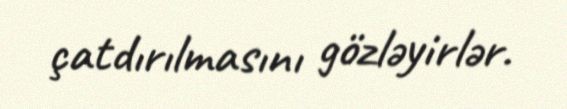
çatdırılmasını gözləyirlər.